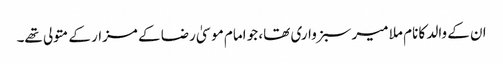
ان کے والد کا نام ملا میر سبزواری تھا، جو امام موسیٰ رضا کے مزار کے متولی تھے۔